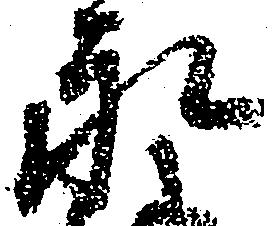
永